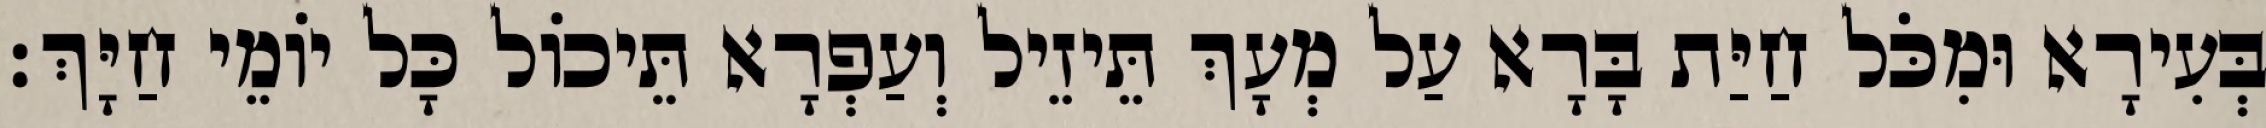
בְּעִירָא וּמִכֹּל חַיַּת בָּרָא עַל מְעָךְ תֵּיזֵיל וְעַפְרָא תֵּיכוֹל כָּל יוֹמֵי חַיָּךְ׃